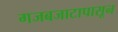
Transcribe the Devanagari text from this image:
गजबजाटापासून